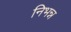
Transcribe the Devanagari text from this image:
निभन्न